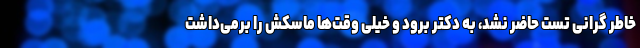
خاطر گرانی تست حاضر نشد، به دکتر برود و خیلی وقت‌ها ماسکش را برمی‌داشت